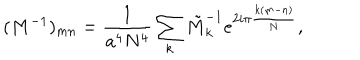
( M ^ { - 1 } ) _ { m n } = \frac { 1 } { a ^ { 4 } N ^ { 4 } } \sum _ { k } \tilde { M } _ { k } ^ { - 1 } e ^ { 2 i { \pi } \frac { k ( m - n ) } { N } } ,